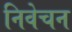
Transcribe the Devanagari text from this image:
निवेचन